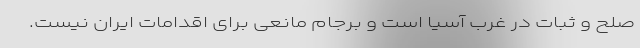
صلح و ثبات در غرب آسیا است و برجام مانعی برای اقدامات ایران نیست‌.